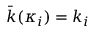
\bar { k } ( \kappa _ { i } ) = k _ { i }